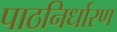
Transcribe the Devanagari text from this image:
पाठनिर्धारण